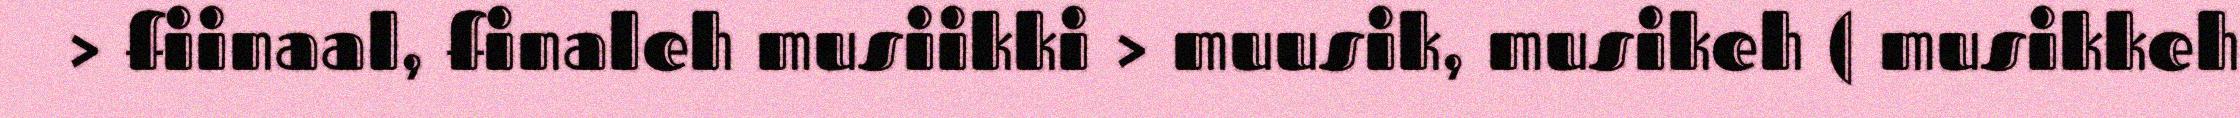
> fiinaal, finaleh musiikki > muusik, musikeh ( musikkeh